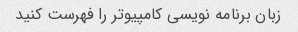
زبان برنامه نویسی کامپیوتر را فهرست کنید